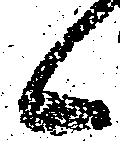
候